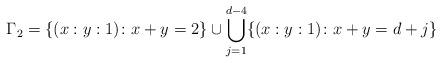
LaTeX: \begin{align*}\Gamma_2 = \{(x:y:1)\colon x+y=2\}\cup\bigcup_{j=1}^{d-4}\{(x:y:1)\colon x+y=d+j\}\end{align*}